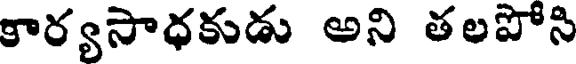
కార్యసాధకుడు అని తలపోసి